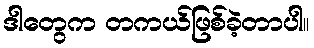
ဒါတွေက တကယ်ဖြစ်ခဲ့တာပါ။